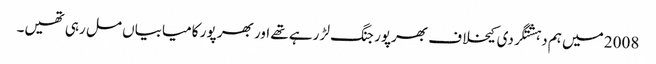
2008 میں ہم دہشتگردی کیخلاف بھرپور جنگ لڑ رہے تھے اور بھر پور کامیابیاں مل رہی تھیں۔